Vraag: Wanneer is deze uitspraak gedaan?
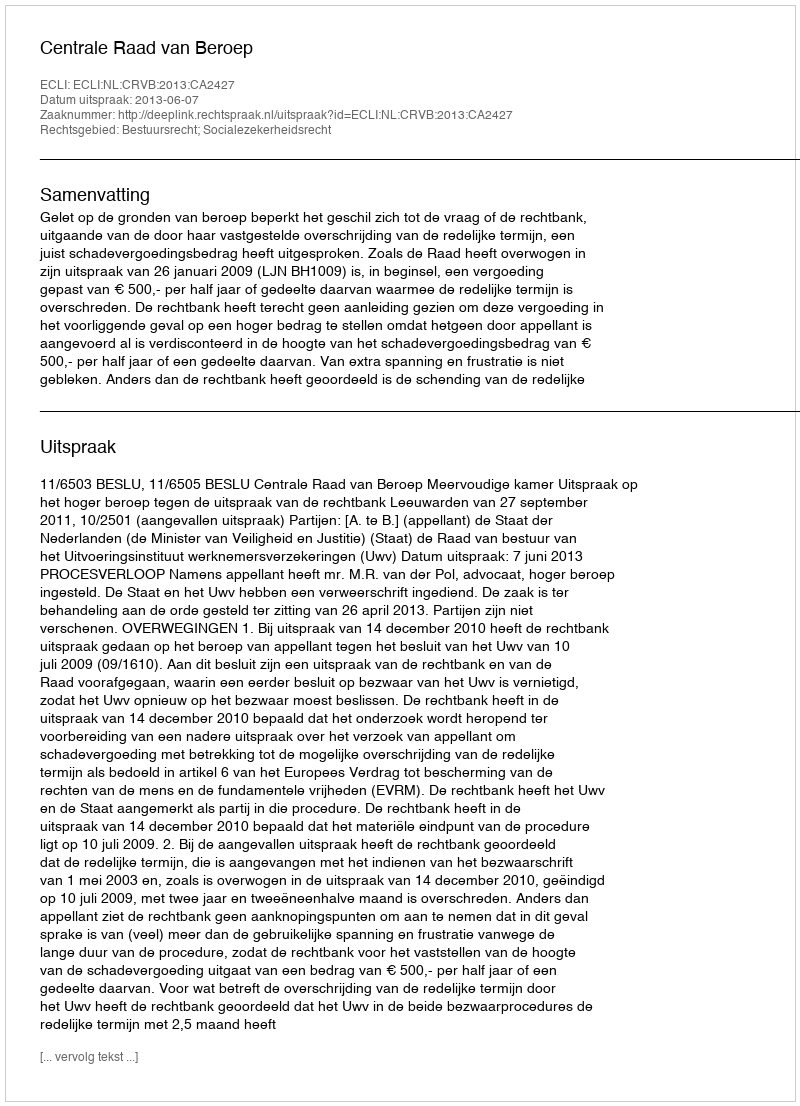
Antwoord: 2013-06-07